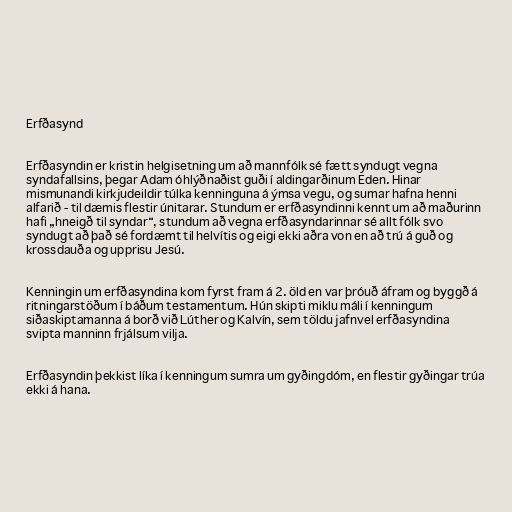
Erfðasynd

Erfðasyndin er kristin helgisetning um að mannfólk sé fætt syndugt vegna
syndafallsins, þegar Adam óhlýðnaðist guði í aldingarðinum Eden. Hinar
mismunandi kirkjudeildir túlka kenninguna á ýmsa vegu, og sumar hafna henni
alfarið - til dæmis flestir únitarar. Stundum er erfðasyndinni kennt um að maðurinn
hafi „hneigð til syndar“, stundum að vegna erfðasyndarinnar sé allt fólk svo
syndugt að það sé fordæmt til helvítis og eigi ekki aðra von en að trú á guð og
krossdauða og upprisu Jesú.

Kenningin um erfðasyndina kom fyrst fram á 2. öld en var þróuð áfram og byggð á
ritningarstöðum í báðum testamentum. Hún skipti miklu máli í kenningum
siðaskiptamanna á borð við Lúther og Kalvín, sem töldu jafnvel erfðasyndina
svipta manninn frjálsum vilja.

Erfðasyndin þekkist líka í kenningum sumra um gyðingdóm, en flestir gyðingar trúa
ekki á hana.